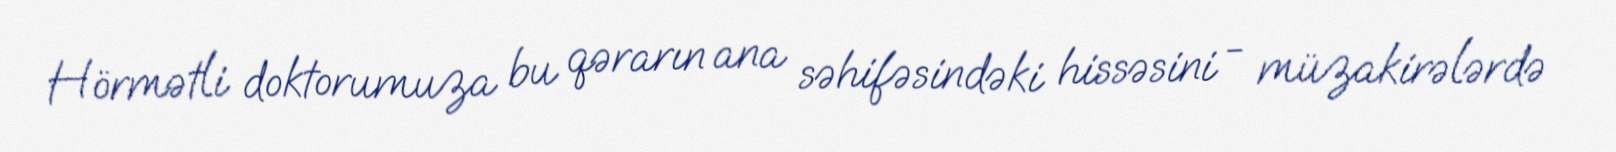
Hörmətli doktorumuza bu qərarın ana səhifəsindəki hissəsini - müzakirələrdə